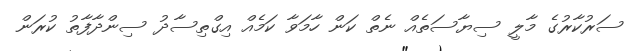
ސަރުކާރުގެ މާލީ ސިޔާސަތެއް ނެތް ކަން ހާމަވާ ކަމެއް އިގްތިސާދު ސިންދާފާތު ކުރަން